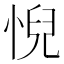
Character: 𢞌